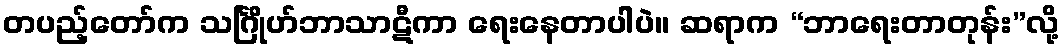
တပည့်တော်က သင်္ဂြိုဟ်ဘာသာဋီကာ ရေးနေတာပါပဲ။ ဆရာက “ဘာရေးတာတုန်း”လို့